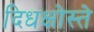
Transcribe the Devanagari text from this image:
दिधक्षोस्ते